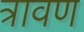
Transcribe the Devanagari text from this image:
त्रावण